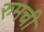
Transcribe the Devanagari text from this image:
रुमची